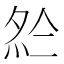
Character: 𡖗